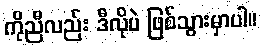
ကိုညီလည်း ဒီလိုပဲ ဖြစ်သွားမှာပါ။